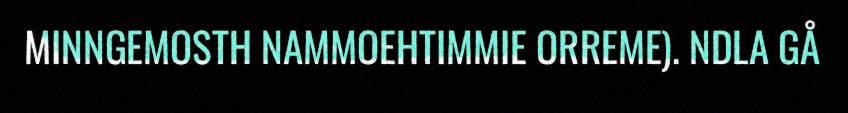
MINNGEMOSTH NAMMOEHTIMMIE ORREME). NDLA GÅ